Vaccination in Burma 1920-1933 - 1920-1933
Year: 1920
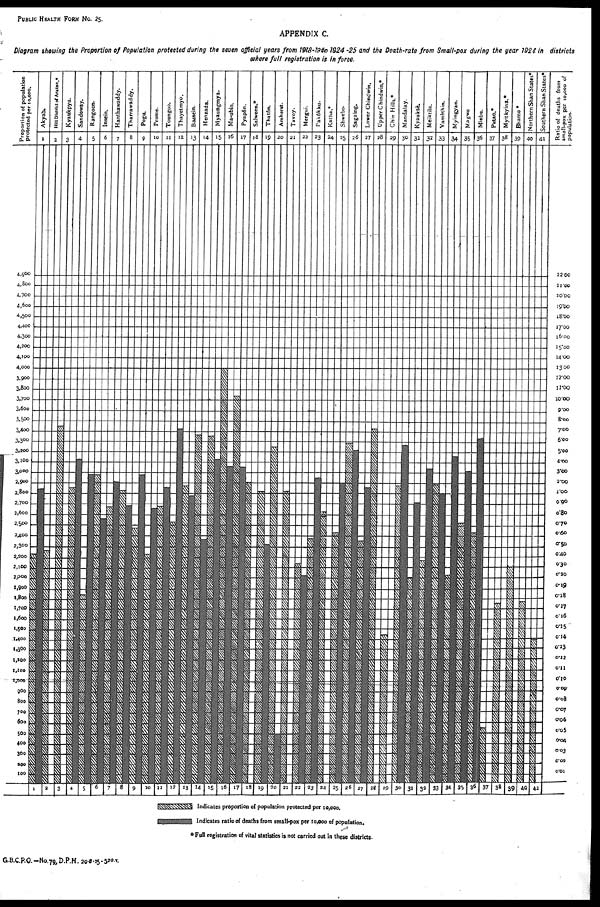
PUBLIC HEALTH FORM No. 25.
APPENDIX C.
Diagram showing the Proportion of Population protected during the seven official years from 1918-19 to 1924-25 and the Death-rate from Small-pox during the year 1924 in districts
where full registration is in force.
*Full registration of vital statistics is not carried out in these districts.
G.B.C.P.O.—No.79,D.P.H. 20-8-25-520.T.